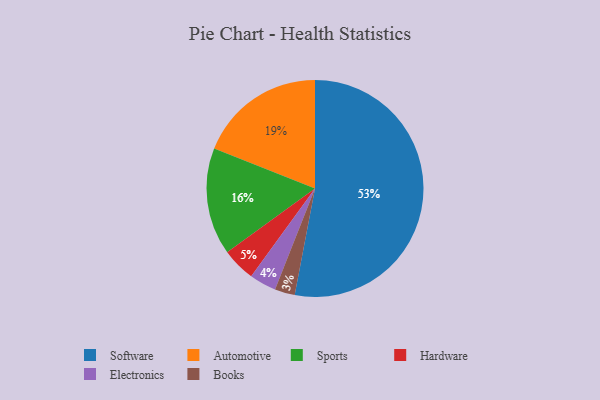
{"axis": {"x": "Category", "y": "Percentage"}, "legend": ["Automotive", "Books", "Electronics", "Hardware", "Software", "Sports"], "data": [{"x": "Books", "y": 3, "type": "Books"}, {"x": "Sports", "y": 16, "type": "Sports"}, {"x": "Automotive", "y": 19, "type": "Automotive"}, {"x": "Electronics", "y": 4, "type": "Electronics"}, {"x": "Hardware", "y": 5, "type": "Hardware"}, {"x": "Software", "y": 53, "type": "Software"}]}